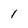
Character: 1